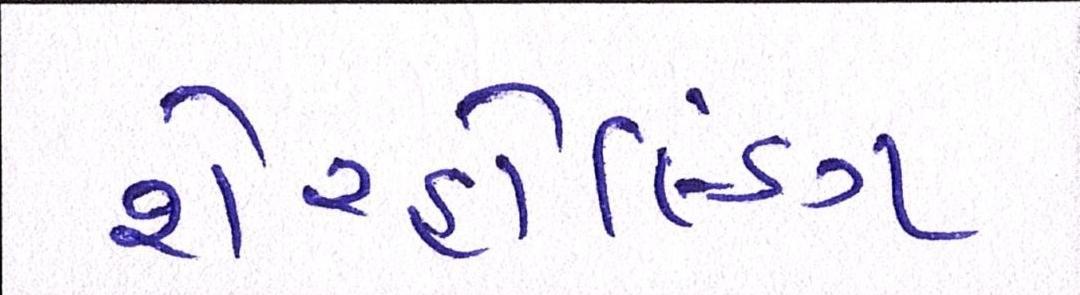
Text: શેરહોલ્ડિંગ